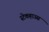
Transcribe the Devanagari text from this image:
स्टेकहाउस